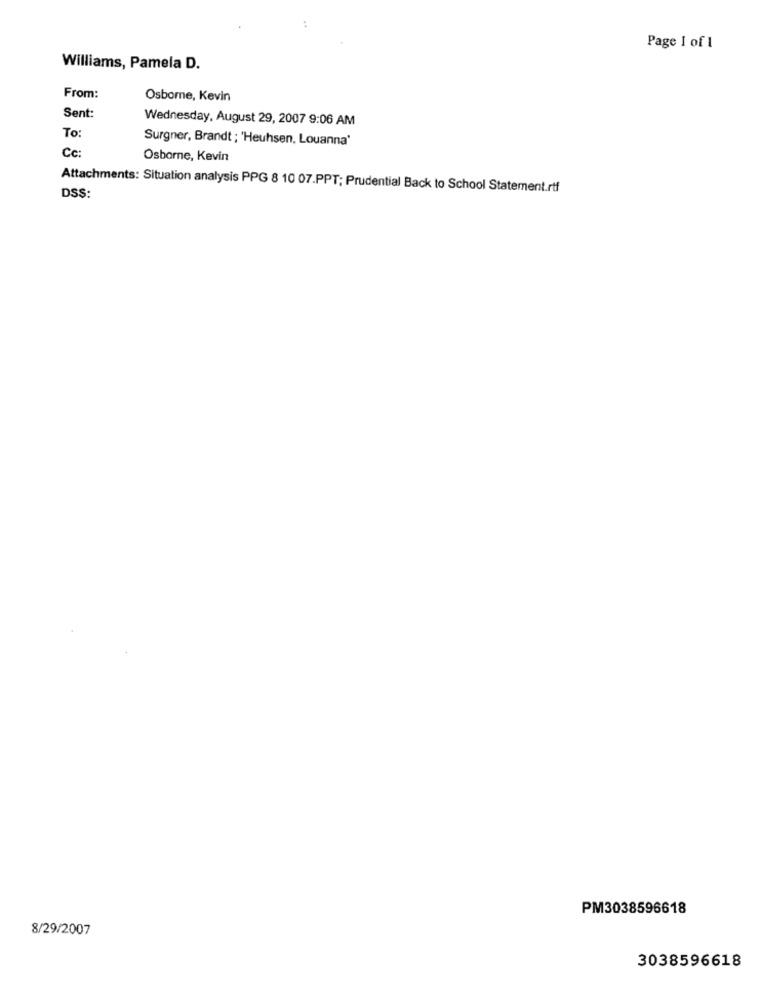
Page 1 of 1
Williams, Pamela D.
From:
Osborne, Kevin
Sent:
Wednesday, August 29, 2007 9:06 AM
To:
Surgner, Brandt ; 'Heuhsen, Louanna'
Cc:
Osborne, Kevin
Attachments: Situation analysis PPG 8 10 07.PPT; Prudential Back to School Statement.rtf
DSS:
PM3038596618
8/29/2007
3038596618